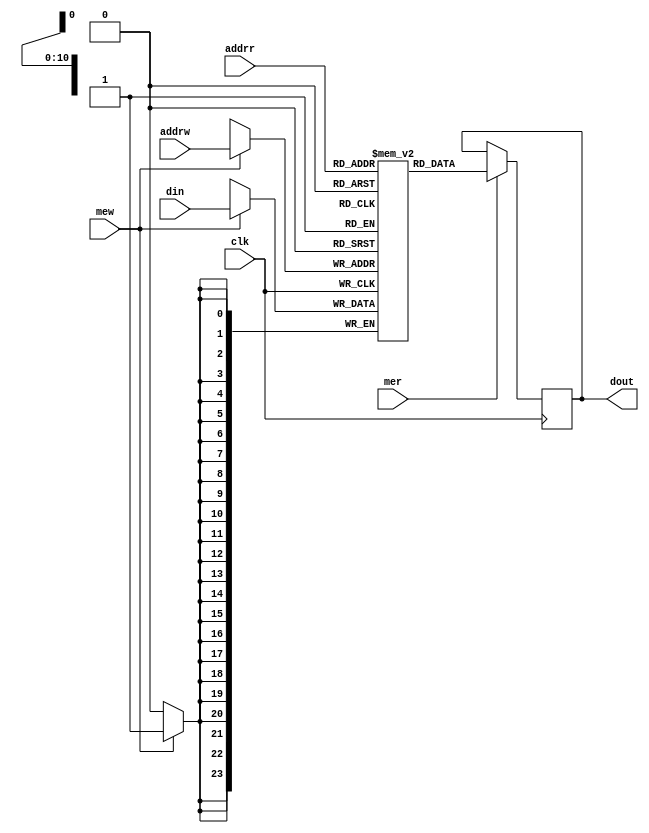
/*
 ###############################################################################
 # Copyright (c) 2012 - by UCLA.
 # All rights reserved.
 #
 # Author     : Fengbo Ren (fren@ee.ucla.edu)
 #
 # Description:
 ###############################################################################
*/

`ifdef TCQ
`else
 `define TCQ #1
`endif

module mem2p11_dxw_u (
	addrr,
	addrw,
	din,
	mer,
	mew,
	clk,
	dout
);

	//-----------------------------------
	// Parameter Defination
	//-----------------------------------
	parameter DEPTH = 2048,  // depth
	          WIDTH = 24;   // width
		
	localparam A = $clog2(DEPTH)>0 ? $clog2(DEPTH) : 1; //addr_width
	
	//-----------------------------------
	// Port Defination
	//-----------------------------------
	
	input      [A-1:0]     addrr; 
	input      [A-1:0]     addrw;   
	input      [WIDTH-1:0] din;     
	input                  mer;    
	input                  mew; 
	input                  clk;          
	output reg [WIDTH-1:0] dout;
	
	//-----------------------------------
	// Internal Signal Defination
	//-----------------------------------
	
	reg [WIDTH-1:0] mem [DEPTH-1:0];
	
	//-----------------------------------
	// Description
	//-----------------------------------
	
	always @(posedge clk) 
	begin                                
		if (mew) 
	  begin                                    
	  	mem[addrw] <= `TCQ din;
	  end
	end
	
	always @(posedge clk) 
	begin  
	  if (mer) 
	  begin
	  	dout <= `TCQ mem[addrr];
		end	                                                  
	end                                                        
	
endmodule